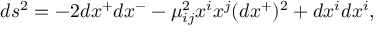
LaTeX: d s ^ { 2 } = - 2 d x ^ { + } d x ^ { - } - \mu _ { i j } ^ { 2 } x ^ { i } x ^ { j } ( d x ^ { + } ) ^ { 2 } + d x ^ { i } d x ^ { i } ,